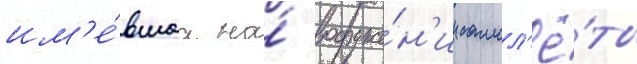
им'е́вшаа на́ вооруже́н'ии самол'ё́ты